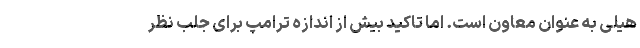
هیلی به عنوان معاون است. اما تاکید بیش از اندازه ترامپ برای جلب نظر